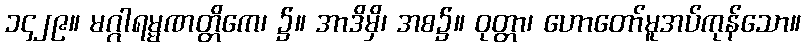
၁၄၂၉။ မဂ္ဂါရမ္မဏတ္တိကေ၊ ၌။ အာဒိမှိ၊ အစ၌။ ဝုတ္တာ၊ ဟောတော်မူအပ်ကုန်သော။